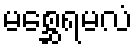
မစ္ဆေရမလံ